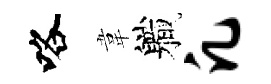
咯韋軄凡